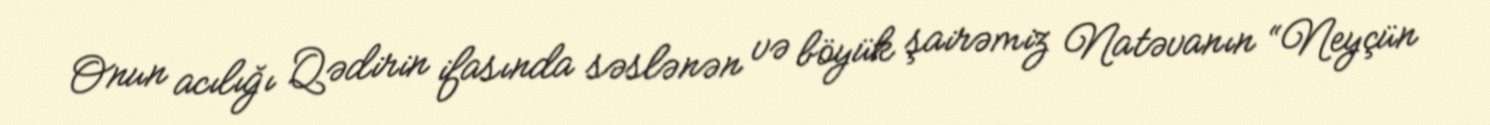
Onun acılığı Qədirin ifasında səslənən və böyük şairəmiz Natəvanın “Neyçün